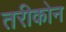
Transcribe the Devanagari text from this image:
तरीकोन